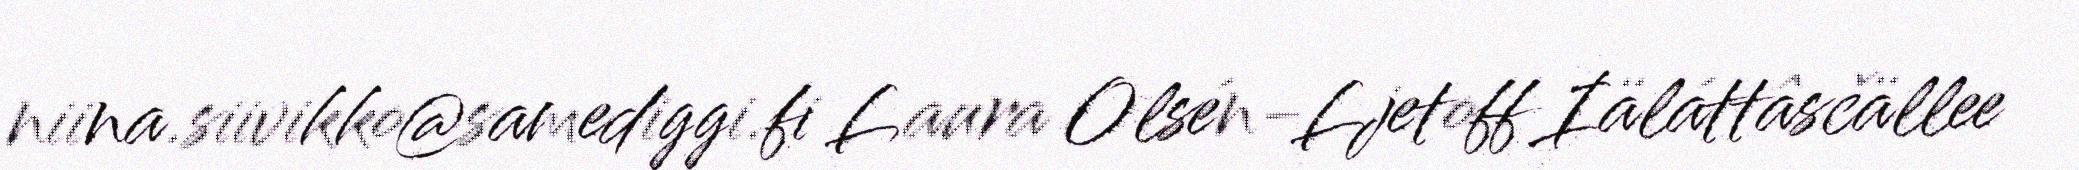
niina.siivikko@samediggi.fi Laura Olsén-Ljetoff Iäláttâsčällee